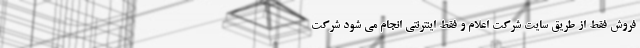
فروش فقط از طریق سایت شرکت اعلام و فقط اینترنتی انجام می شود شرکت